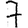
Digit: 7